Vaccination in Bombay 1889-1901 - 1889-1901
Year: 1889
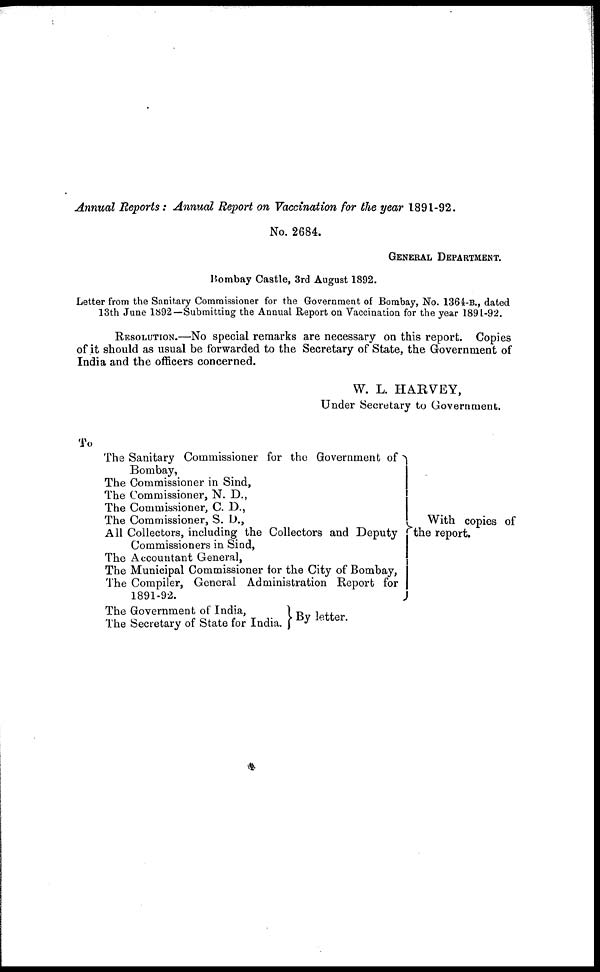
Annual Reports: Annual Report on Vaccination for the year 1891-92.
No. 2684.
GENERAL DEPARTMENT.
Bombay Castle, 3rd August 1892.
Letter from the Sanitary Commissioner for the Government of Bombay, No. 1364-B., dated
13th June 1892—Submitting the Annual Report on Vaccination for the year 1891-92.
RESOLUTION.—No special remarks are necessary on this report. Copies
of it should as usual be forwarded to the Secretary of State, the Government of
India and the officers concerned.
W. L. HARVEY,
Under Secretary to Government.
To
The Sanitary Commissioner for the Government of
Bombay,
The Commissioner in Sind,
The Commissioner, N. D.,
The Commissioner, C. D.,
The Commissioner, S. D.,
All Collectors, including the Collectors and Deputy
Commissioners in Sind,
The Accountant General,
The Municipal Commissioner for the City of Bombay,
The Compiler, General Administration Report for
1891-92.
The Government of India,
The Secretary of State for India.
With copies of
the report.
By letter.